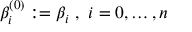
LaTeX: \beta _ { i } ^ { ( 0 ) } : = \beta _ { i } { \mathrm { ~ , ~ } } i = 0 , \ldots , n